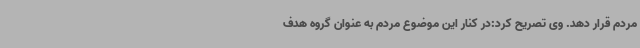
مردم قرار دهد. وی تصریح کرد:در کنار این موضوع مردم به عنوان گروه هدف